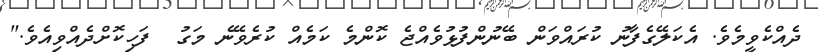
ދެއްކެވީމެވެ. އެކަލޭގެފާނު ކުރައްވަން ބޭނުންފުޅުވެއްޖެ ކޮންމެ ކަމެއް ކުރެވޭނެ މަގު  ފަހިކޮށްދެއްވިއެވެ."